Scottish Leaving Certificate Examination, 1959
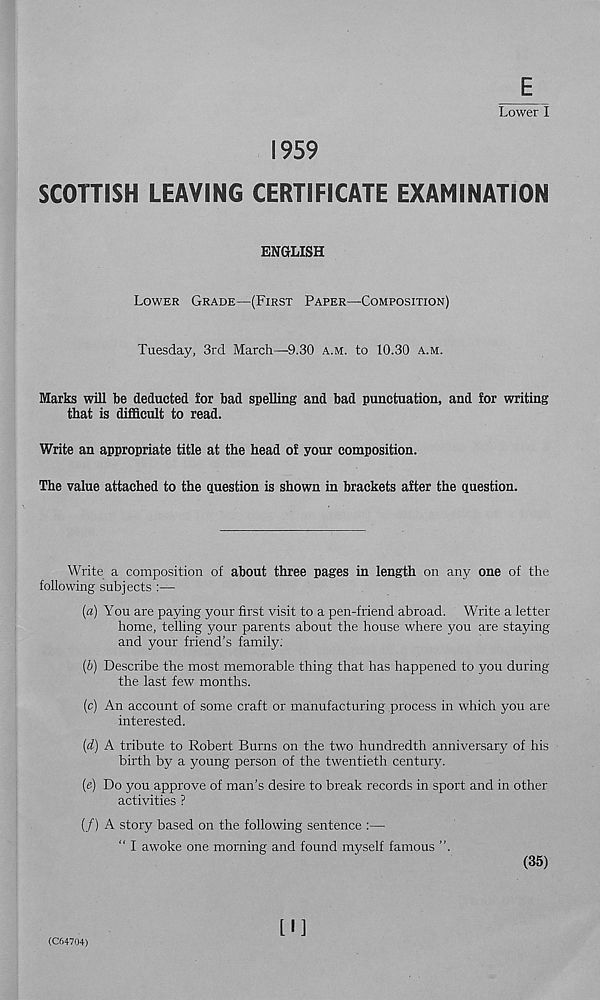
Lower I
1959
SCOTTISH LEAVING CERTIFICATE EXAMINATION
ENGLISH
LOWER GRADE—(FIRST PAPER—COMPOSITION)
Tuesday, 3rd March—9.30 A.M. to 10.30 A.M.
Marks will be deducted for bad spelling and bad punctuation, and for writing
that is difficult to read.
Write an appropriate title at the head of your composition.
The value attached to the question is shown in brackets after the question.
Write a composition of about three pages in length on any one of the
following subjects :—
(a) You are paying your first visit to a pen-friend abroad. Write a letter
home, telling your parents about the house where you are staying
and your friend’s family;
(b) Describe the most memorable thing that has happened to you during
the last few months.
(c) An account of some craft or manufacturing process in which you are
interested.
(d) A tribute to Robert Burns on the two hundredth anniversary of his
birth by a young person of the twentieth century.
(e) Do you approve of man’s desire to break records in sport and in other
activities ?
(/) A story based on the following sentence ;—
“ I awoke one morning and found myself famous ”.
(35)
(C64704)
[I]